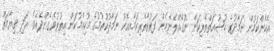
އެހެންކަމުން ނަމާދުގެ ޚުޝޫޢަތްތެރިކަން ނުގެއްލޭނެހެން ފަރުވާތެރިކަމާއިއެކު ނަމާދުކުރުމުގެ މުހިއްމުކަން އިތުރުވެގެންދެއެވެ. އަދި ޤިޔާމަތް